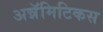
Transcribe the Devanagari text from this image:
अन्नॅमिटिकस